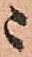
ニ